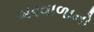
બરવાળાનો